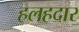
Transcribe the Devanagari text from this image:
हलहदार